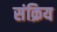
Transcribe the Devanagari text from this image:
संक्रिय